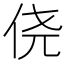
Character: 侥